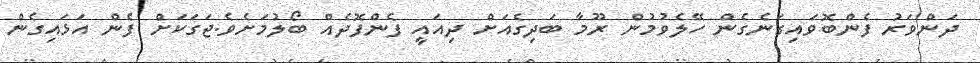
ދަންވަރު ފެންބޮވައިގަނެގެން ހޭލެވުމުން ރޫމާ ބަދިގެއަށް ދިއައީ ފެންފޮދެއް ބޯލުމަށެވެ.ޖަގަކަށް ފެން އަޅައިގެން